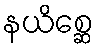
နယိစ္ဆေ